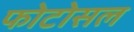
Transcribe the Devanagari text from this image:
फोटोसल